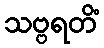
သဗ္ဗရတိံ